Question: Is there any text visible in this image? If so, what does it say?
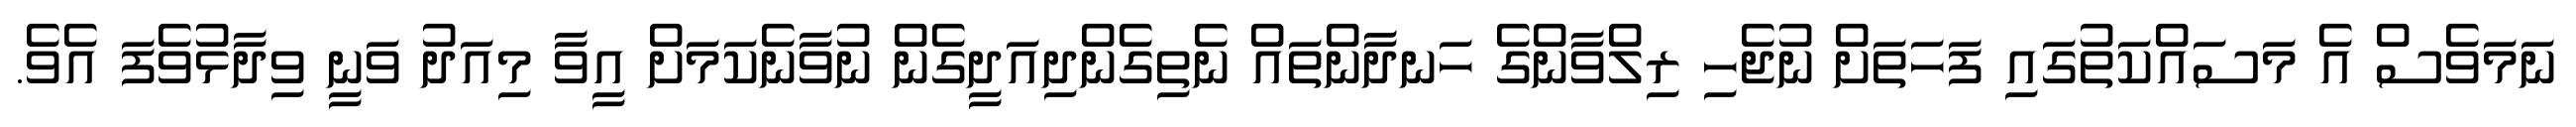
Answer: ނަމަވެސް އެ މަސައްކަތުގައި ފަހަތަށް ނުޖެހި ރިލްވާންގެ ހަނދާންތައް ނެތިގެންދިއަދީގެން ނުވާނެކަމަށް އީވާ މިއަދު ވަނީ ވިދާޅުވެފަ އެވެ.